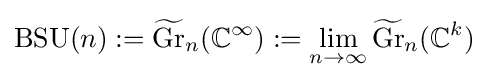
\operatorname {BSU} (n):={\widetilde {\operatorname {Gr} }}_{n}(\mathbb {C} ^{\infty }):=\lim _{n\rightarrow \infty }{\widetilde {\operatorname {Gr} }}_{n}(\mathbb {C} ^{k})